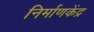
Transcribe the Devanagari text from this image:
निर्माणकेंद्र